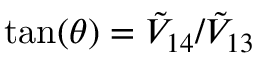
\tan ( \theta ) = \tilde { V } _ { 1 4 } / \tilde { V } _ { 1 3 }